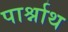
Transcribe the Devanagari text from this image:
पार्श्नाथ